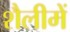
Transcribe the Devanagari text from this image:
शैलीमें